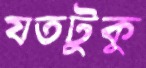
যতটুকু